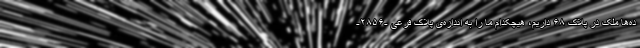
ده‌ها ملک در پلاک ۶۸ داریم، هیچکدام ما را به اندازه‌ی پلاک فرعی -۲۸۵۶-